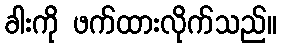
ခါးကို ဖက်ထားလိုက်သည်။